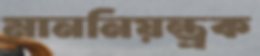
মাননিয়ন্ত্রক